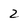
Character: 2